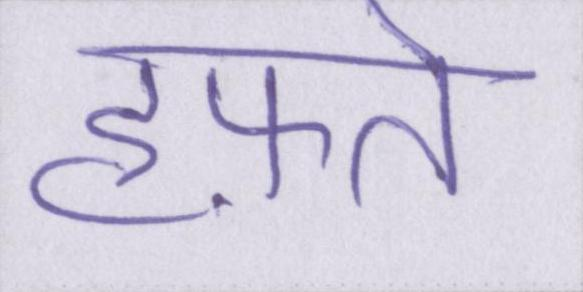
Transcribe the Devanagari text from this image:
हफ़्ते